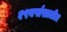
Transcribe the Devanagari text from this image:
१९वर्षाखालील